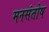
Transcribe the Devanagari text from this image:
मनसंतोष